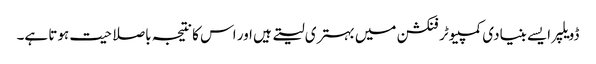
ڈویلپر ایسے بنیادی کمپیوٹر فنکشن میں بہتری لیتے ہیں اور اس کا نتیجہ باصلاحیت ہوتا ہے۔